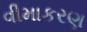
વીમાકરણ